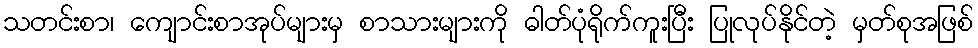
သတင်းစာ၊ ကျောင်းစာအုပ်များမှ စာသားများကို ဓါတ်ပုံရိုက်ကူးပြီး ပြုလုပ်နိုင်တဲ့ မှတ်စုအဖြစ်